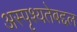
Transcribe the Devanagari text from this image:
अस्पृश्यतेबद्दल